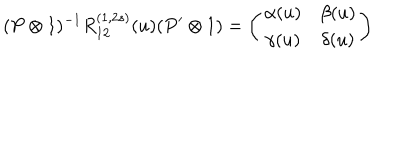
LaTeX: ( P \otimes 1 ) ^ { - 1 } R _ { 1 2 } ^ { ( 1 , 2 s ) } ( u ) ( P ^ { \prime } \otimes 1 ) = \left( \begin{array} { c c } { { \alpha ( u ) } } & { { \beta ( u ) } } \\ { { \gamma ( u ) } } & { { \delta ( u ) } } \\ \end{array} \right)